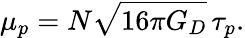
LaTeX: \mu_{p}=N\sqrt{16\pi G_{D}}\, \tau_{p}.